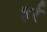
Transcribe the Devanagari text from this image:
हर्र